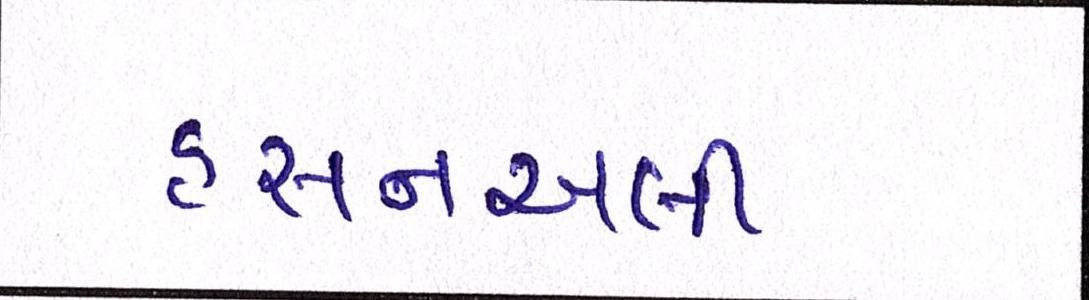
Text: હસનઅલી